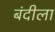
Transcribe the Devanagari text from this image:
बंदीला